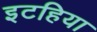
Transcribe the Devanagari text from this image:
इटहिया